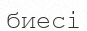
биесі